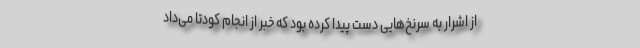
از اشرار به سرنخ‌هایی دست پیدا کرده بود که خبر از انجام کودتا می‌داد